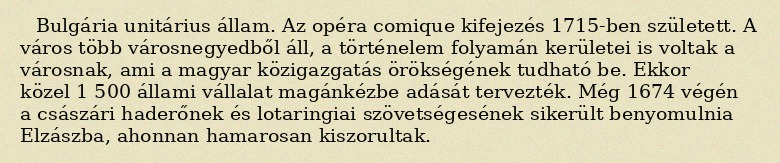
Bulgária unitárius állam. Az opéra comique kifejezés 1715-ben született. A város több városnegyedből áll, a történelem folyamán kerületei is voltak a városnak, ami a magyar közigazgatás örökségének tudható be. Ekkor közel 1 500 állami vállalat magánkézbe adását tervezték. Még 1674 végén a császári haderőnek és lotaringiai szövetségesének sikerült benyomulnia Elzászba, ahonnan hamarosan kiszorultak.